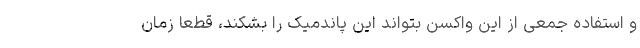
و استفاده جمعی از این واکسن بتواند این پاندمیک را بشکند، قطعا زمان